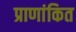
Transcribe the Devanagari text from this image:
प्राणांकित